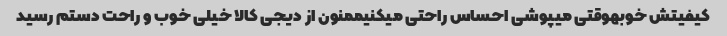
کیفیتش خوبهوقتی میپوشی احساس راحتی میکنیممنون از دیجی کالا خیلی خوب و راحت دستم رسید